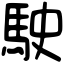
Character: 駛